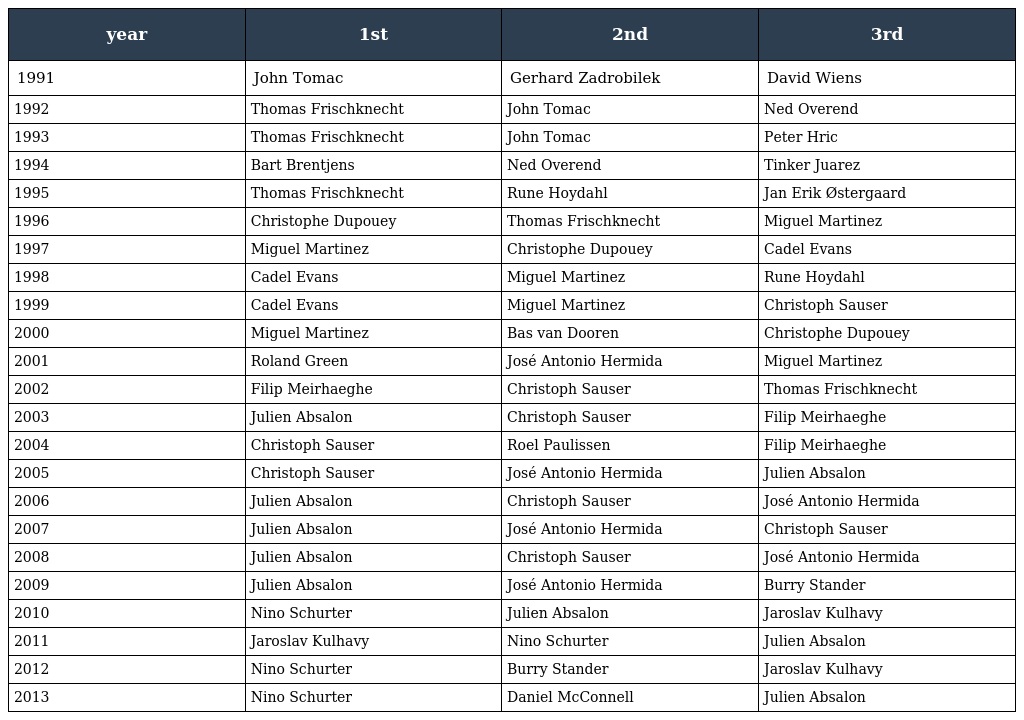
| year | 1st | 2nd | 3rd |
 | --- | --- | --- | --- |
 | 1991 | John Tomac | Gerhard Zadrobilek | David Wiens |
 | 1992 | Thomas Frischknecht | John Tomac | Ned Overend |
 | 1993 | Thomas Frischknecht | John Tomac | Peter Hric |
 | 1994 | Bart Brentjens | Ned Overend | Tinker Juarez |
 | 1995 | Thomas Frischknecht | Rune Hoydahl | Jan Erik Østergaard |
 | 1996 | Christophe Dupouey | Thomas Frischknecht | Miguel Martinez |
 | 1997 | Miguel Martinez | Christophe Dupouey | Cadel Evans |
 | 1998 | Cadel Evans | Miguel Martinez | Rune Hoydahl |
 | 1999 | Cadel Evans | Miguel Martinez | Christoph Sauser |
 | 2000 | Miguel Martinez | Bas van Dooren | Christophe Dupouey |
 | 2001 | Roland Green | José Antonio Hermida | Miguel Martinez |
 | 2002 | Filip Meirhaeghe | Christoph Sauser | Thomas Frischknecht |
 | 2003 | Julien Absalon | Christoph Sauser | Filip Meirhaeghe |
 | 2004 | Christoph Sauser | Roel Paulissen | Filip Meirhaeghe |
 | 2005 | Christoph Sauser | José Antonio Hermida | Julien Absalon |
 | 2006 | Julien Absalon | Christoph Sauser | José Antonio Hermida |
 | 2007 | Julien Absalon | José Antonio Hermida | Christoph Sauser |
 | 2008 | Julien Absalon | Christoph Sauser | José Antonio Hermida |
 | 2009 | Julien Absalon | José Antonio Hermida | Burry Stander |
 | 2010 | Nino Schurter | Julien Absalon | Jaroslav Kulhavy |
 | 2011 | Jaroslav Kulhavy | Nino Schurter | Julien Absalon |
 | 2012 | Nino Schurter | Burry Stander | Jaroslav Kulhavy |
 | 2013 | Nino Schurter | Daniel McConnell | Julien Absalon |